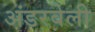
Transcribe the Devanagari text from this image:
अंडरबेली